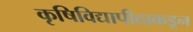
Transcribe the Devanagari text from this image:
कृषिविद्यापीठाकडून